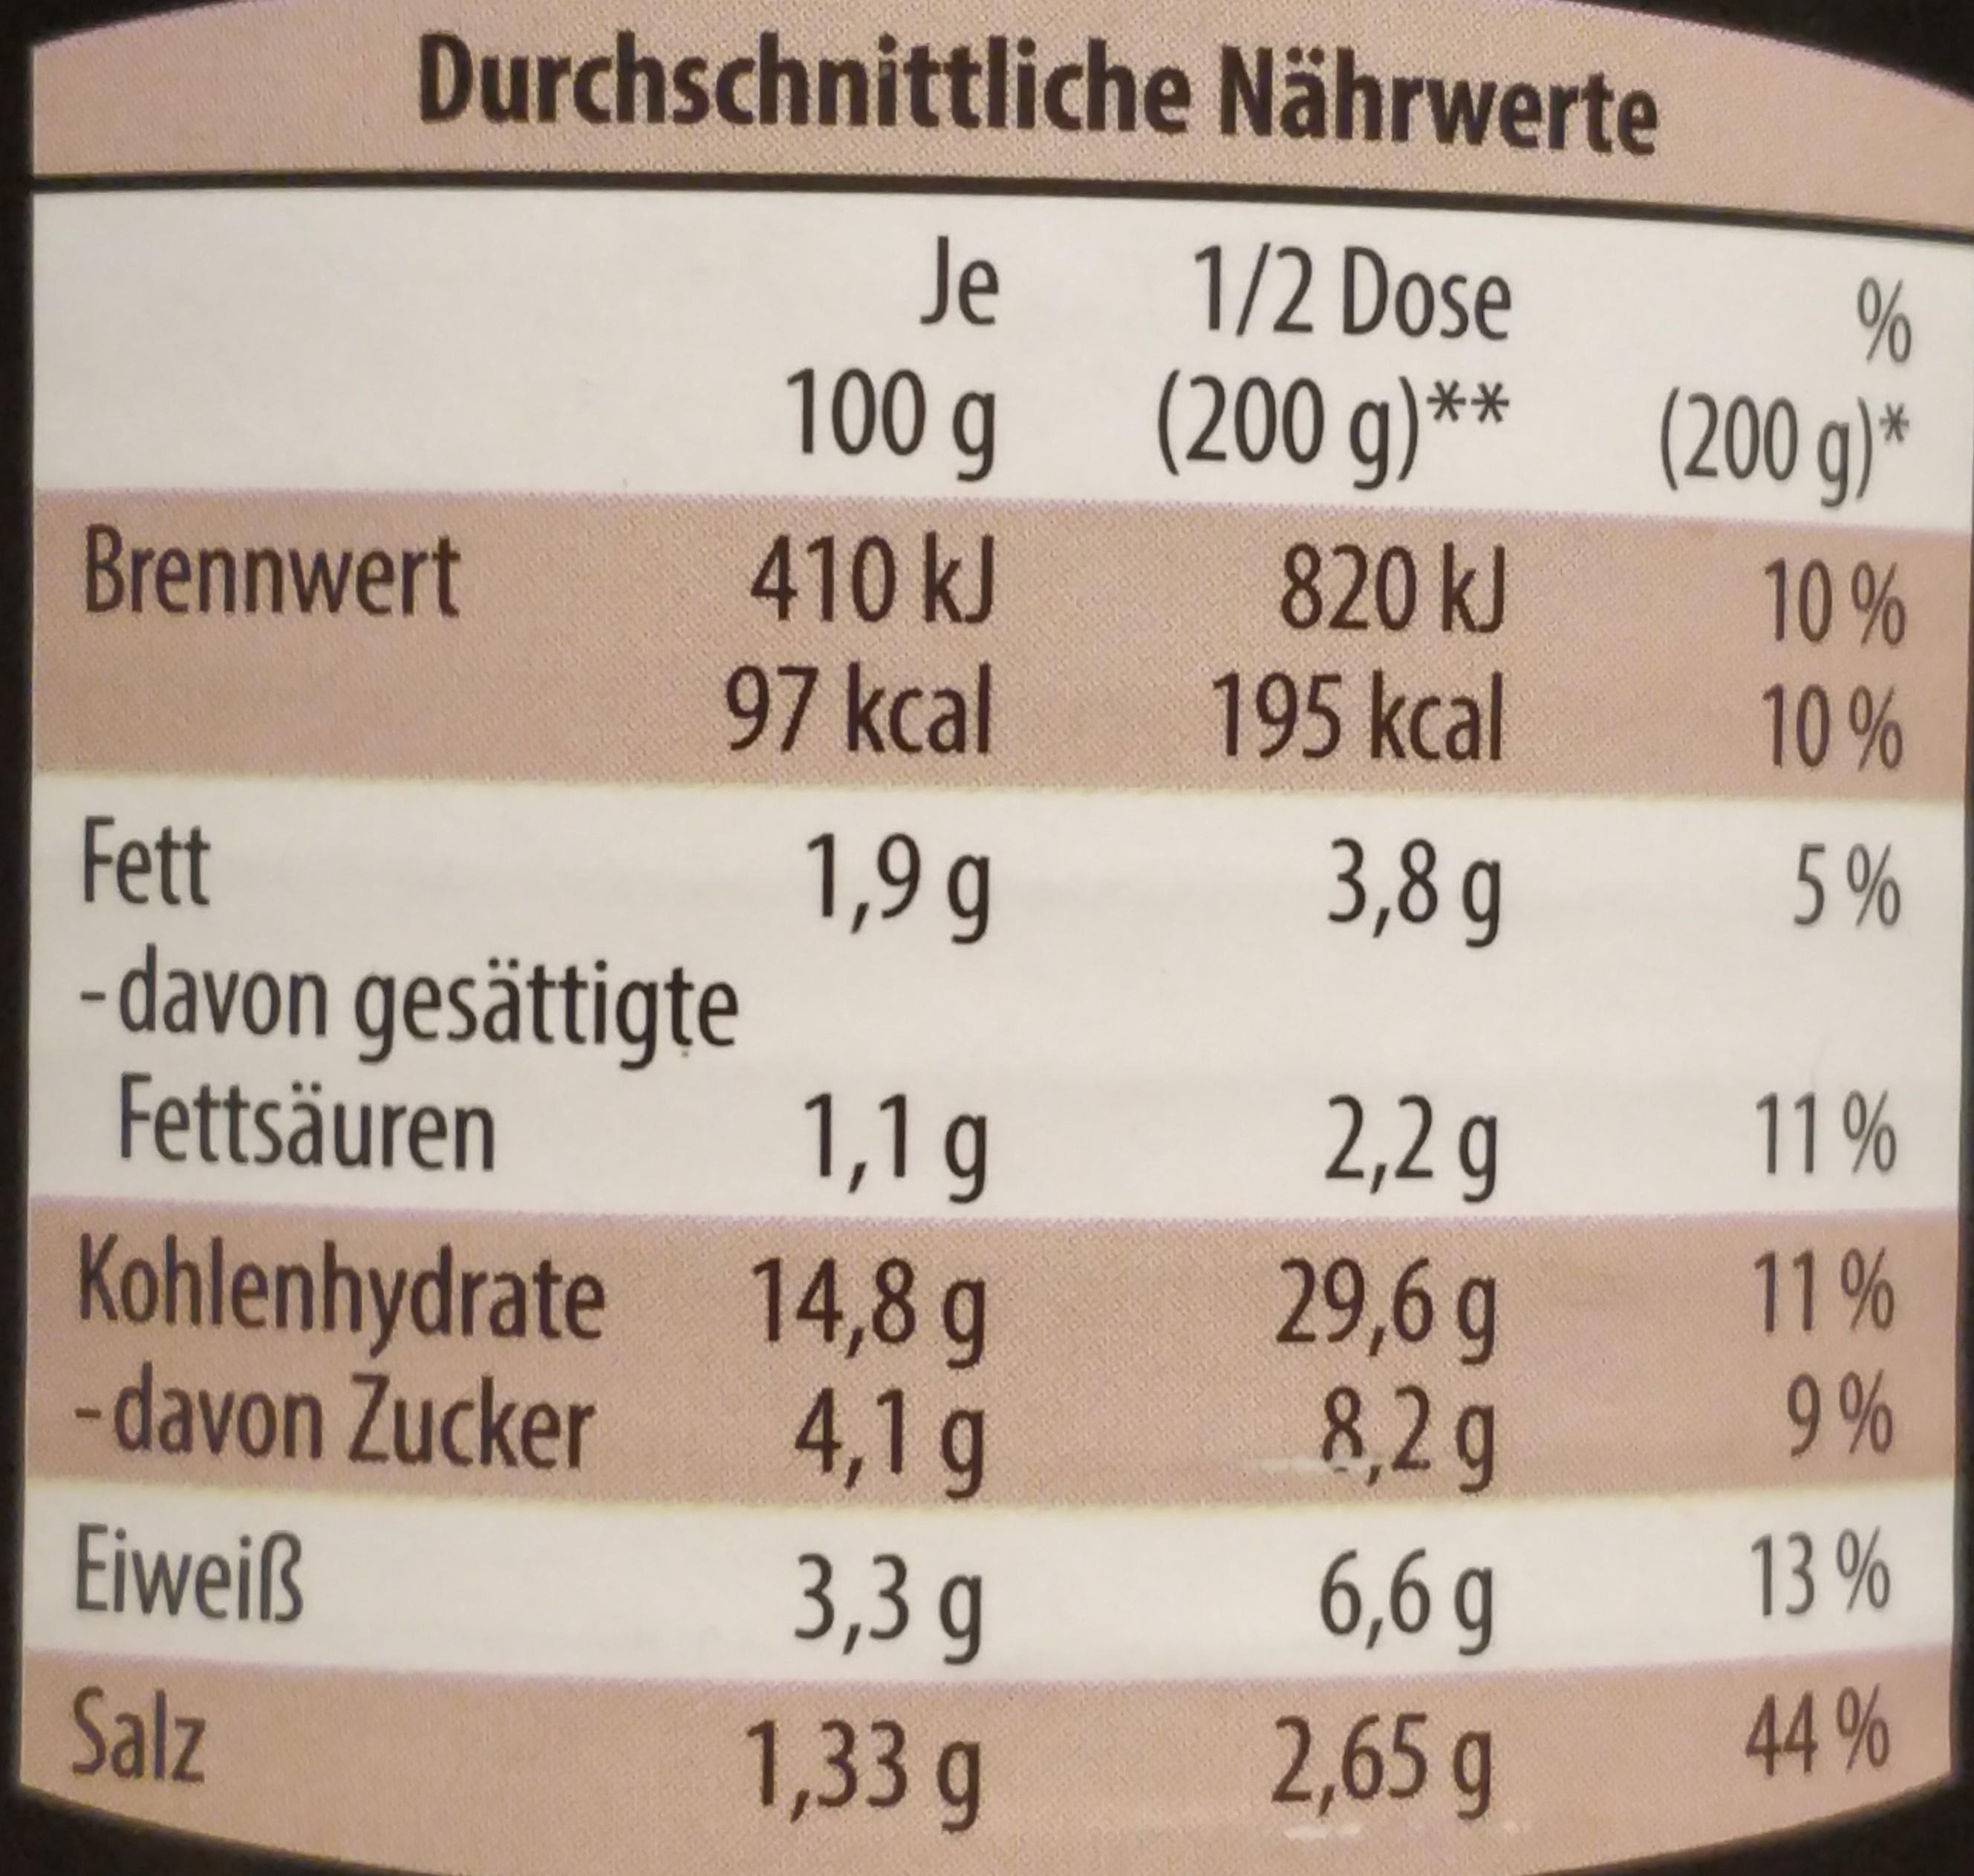
Durchschnittliche Nährwerte
Je
1/2 Dose
%
100 g * (200 g)'
(200g)*
410kJ 97kcal
820 kJ 195kcal
Brennwert
10 % 10%
3,8 g
1,9 g - davon gesättigte 1,1 g Kohlenhydrate 14,8 g 4,1g 3,3 g 1,33 g
Fett
5 %
Fettsäuren
2,2 g
11%
29,6g 8,2g
11% 9 %
-davon Zucker
Eiweiß
13 %
6,6 g 2,65 g
Salz
44 %